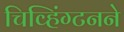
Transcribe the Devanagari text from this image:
चिव्हिंग्टनने